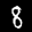
Label: 8